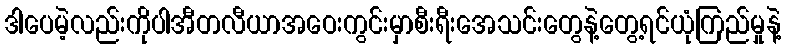
ဒါပေမဲ့လည်းကိုပါအီတလီယာအဝေးကွင်းမှာစီးရီးအေသင်းတွေနဲ့တွေ့ရင်ယုံကြည်မှုနဲ့